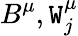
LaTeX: B^{\mu},\mathtt{W}_{j}^{\mu}